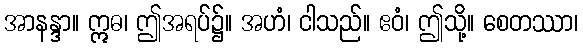
အာနန္ဒာ။ ဣဓ၊ ဤအရပ်၌။ အဟံ၊ ငါသည်။ ဧဝံ၊ ဤသို့။ စေတဿာ၊